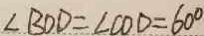
\angle B O D = \angle C O D = 6 0 ^ { \circ }